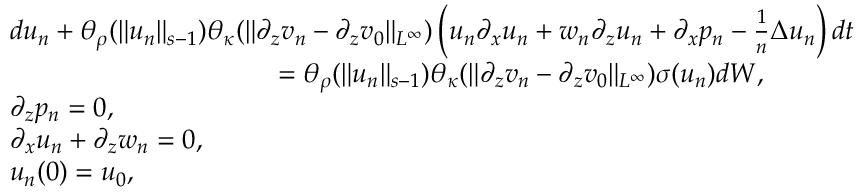
\begin{array} { r l } & { d u _ { n } + \theta _ { \rho } ( \| u _ { n } \| _ { s - 1 } ) \theta _ { \kappa } ( \| \partial _ { z } v _ { n } - \partial _ { z } v _ { 0 } \| _ { L ^ { \infty } } ) \left( u _ { n } \partial _ { x } u _ { n } + w _ { n } \partial _ { z } u _ { n } + \partial _ { x } p _ { n } - \frac 1 n \Delta u _ { n } \right) d t } \\ & { \qquad \qquad \qquad \qquad \qquad = \theta _ { \rho } ( \| u _ { n } \| _ { s - 1 } ) \theta _ { \kappa } ( \| \partial _ { z } v _ { n } - \partial _ { z } v _ { 0 } \| _ { L ^ { \infty } } ) \sigma ( u _ { n } ) d W , } \\ & { \partial _ { z } p _ { n } = 0 , } \\ & { \partial _ { x } u _ { n } + \partial _ { z } w _ { n } = 0 , } \\ & { u _ { n } ( 0 ) = u _ { 0 } , } \end{array}